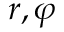
r , \varphi